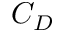
C _ { D }